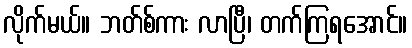
လိုက်မယ်။ ဘတ်စ်ကား လာပြီ၊ တက်ကြရအောင်။